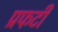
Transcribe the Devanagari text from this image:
प्रफटी